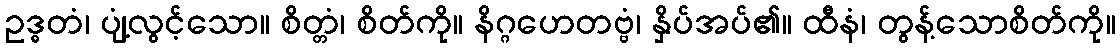
ဥဒ္ဓတံ၊ ပျံ့လွင့်သော။ စိတ္တံ၊ စိတ်ကို။ နိဂ္ဂဟေတဗ္ဗံ၊ နှိပ်အပ်၏။ ထီနံ၊ တွန့်သောစိတ်ကို။